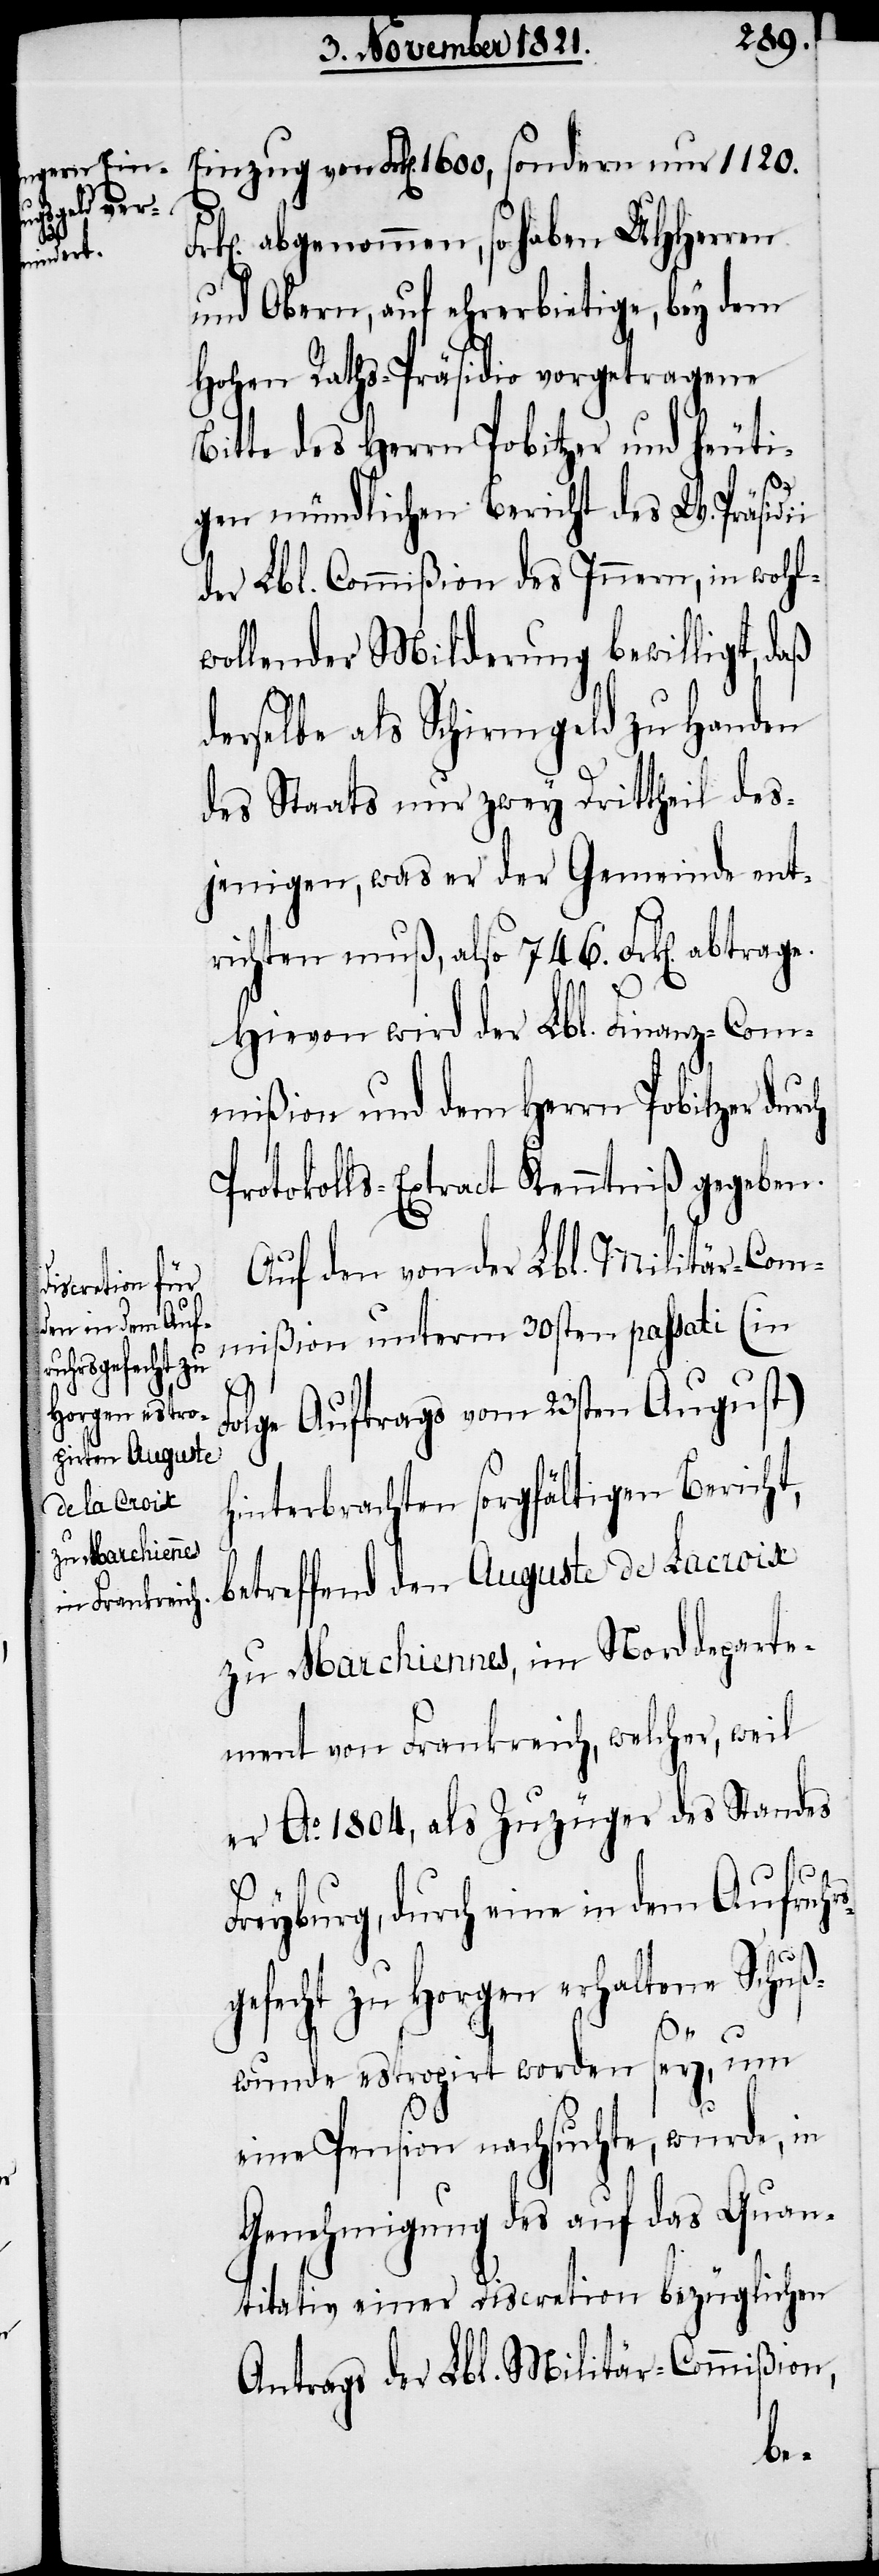
ch

Einzug von Frk[en]. 1600, sondern nur 1120.
abgenommen, so haben UHHerren
und Obern, auf ehrerbietige, bey dem
Hohen Raths-Präsidio vorgetragene
Bitte des Herrn Pobitzer und heuti¬
gen mündlichen Bericht des W. Präsidi¬
der Lbl. Commißion des Innern, in wohl¬
wollender Milderung bewilligt, daß
derselbe als Schirmgeld zu Handen
des Staats nur zwey Drittheil des¬
jenigen, was er der Gemeinde ent¬
richten muß, also 746. Frk[en]. abtrage.
Hievon wird der Lbl. Finanz-Com¬
mißion und dem Herrn Pobitzer dur¬
Protokolls-Extract Kenntniß gegeben.
Auf den von der Lbl. Militär-Com¬
mißion unterm 30sten passati (in
Auftrags vom 23sten August)
Folge
hinterbrachten sorgfältigen Bericht,
betreffend den Auguste de Lacroix
zu Marchiennes, im Norddeparte¬
ment von Frankreich, welcher, weil
er Ao. 1804, als Zuzüger des Standes
Freyburg, durch eine in dem Aufruh¬
gefecht zu Horgen erhaltene Schuß¬
rs¬
wunde estropirt worden sey, um
eine Pension nachsuchte, wurde, in
Genehmigung des auf das Quan¬
titativ einer Discretion bezüglichen
Antrags der Lbl. Militär-Commißion,